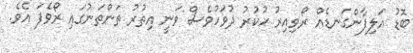
ބޮޑު އަލިފާންގަނޑެއް ރޯވިއިރު ހުކުރު ދުވަހުވެސް ވަނީ އިތުރު ތަންތަނުގައި ރޯވެފަ އެވެ.